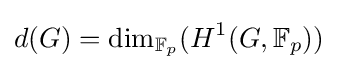
d(G)=\dim _{\mathbb {F} _{p}}(H^{1}(G,\mathbb {F} _{p}))